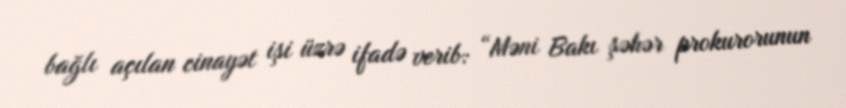
bağlı açılan cinayət işi üzrə ifadə verib: “Məni Bakı şəhər prokurorunun